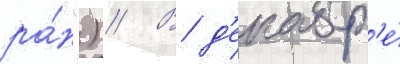
ра́н") // В д'екабр'е́